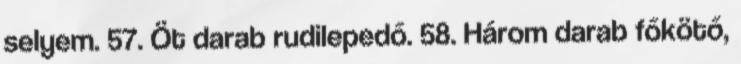
selyem. 57. Öt darab rudilepedő. 58. Három darab főkötő,